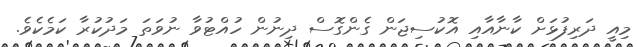
މިއީ ދަރިފުޅަށް ކާނާއާއި އޮކުސިޖަން ގެންގޮސް ދިނުން ހުއްޓުވާ ނުވަތަ މަދުކުރާ ކަމެކެވެ.